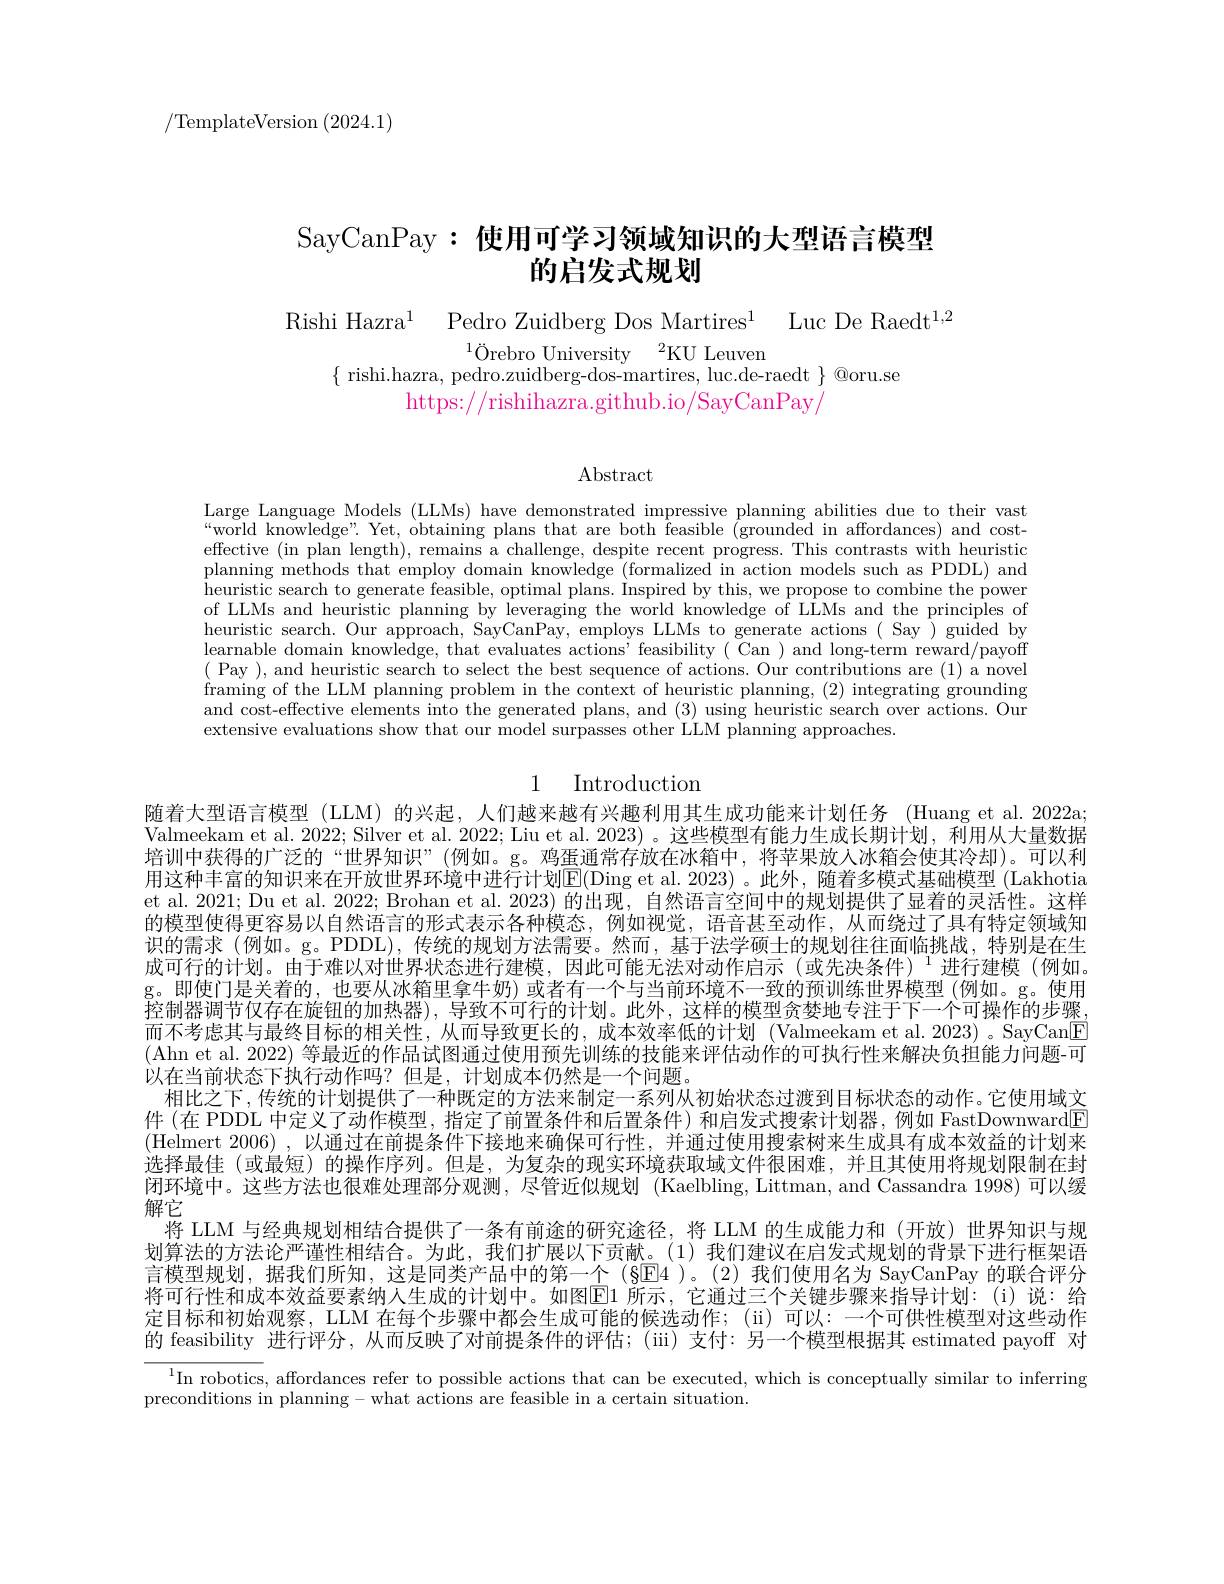
/TemplateVersion (2024.1)

# SayCanPay: 使用可学习领域知识的大型语言模型的启发式规划

Rishi Hazra$^1$ Pedro Zuidberg Dos Martires$^1$ Luc De Raedt$^1,2$

$^{1}\text{\"{O}rebroUniversity}^{2}$KU Leuven
$\{$ rishi.hazra, pedro.zuidberg-dos-martires, luc.de-raedt $\}$@oru.se
https://rishihazra.github.io/SayCanPay/

$\operatorname{Abstract}$

Large Language Models (LLMs) have demonstrated impressive planning abilities due to their vast “world knowledge”.Yet, obtaining plans that are both feasible (grounded in affordances) and costeffective (in plan length), remains a challenge, despite recent progress. This contrasts with heuristic planning methods that employ domain knowledge (formalized in action models such as PDDL) and heuristic search to generate feasible, optimal plans. Inspired by this, we propose to combine the power of LLMs and heuristic planning by leveraging the world knowledge of LLMs and the principles of heuristic search. Our approach, SayCanPay, employs LLMs to generate actions ( Say ) guided by learnable domain knowledge, that evaluates actions' feasibility( Can ) and long-term reward/payoff ( Pay ), and heuristic search to select the best sequence of actions. Our contributions are (1) a novel framing of the LLM planning problem in the context of heuristic planning, (2) integrating grounding and cost-effective elements into the generated plans, and (3) using heuristic search over actions. Our extensive evaluations show that our model surpasses other LLM planning approaches.

## 1 Introductiom

随着大型语言模型 (LLM)的兴起，人们越来越有兴趣利用其生成功能来计划任务 (Huang et al. 2022a; Valmeekam et al. 2022; Silver et al. 2022; Liu et al. 2023) 。这些模型有能力生成长期计划，利用从大量数据培训中获得的广泛的“世界知识”(例如。g。鸡蛋通常存放在冰箱中，将苹果放入冰箱会使其冷却)。可以利用这种丰富的知识来在开放世界环境中进行计划$\mathbb{E}($Ding et al.2023)。此外，随着多模式基础模型 (Lakhotia et al. 2021; Du et al. 2022; Brohan et al. 2023) 的出现，自然语言空间中的规划提供了显着的灵活性。这样的模型使得更容易以自然语言的形式表示各种模态，例如视觉，语音甚至动作，从而绕过了具有特定领域知识的需求 (例如。g。PDDL),传统的规划方法需要。然而，基于法学硕士的规划往往面临挑战，特别是在生$成可行的计划。由于难以对世界状态进行建模，因此可能无法对动作启示(或先决条件)^1进行建模(例如$。g。即使门是关着的，也要从冰箱里拿牛奶) 或者有一个与当前环境不一致的预训练世界模型 (例如。g。使用控制器调节仅存在旋钮的加热器),导致不可行的计划。此外，这样的模型贪婪地专注于下一个可操作的步骤而不考虑其与最终目标的相关性，从而导致更长的，成本效率低的计划 (Valmeekam et al. 2023) 。SayCan[F] (Ahn et al. 2022) 等最近的作品试图通过使用预先训练的技能来评估动作的可执行性来解决负担能力问题-可以在当前状态下执行动作吗？但是，计划成本仍然是一个问题。
相比之下，传统的计划提供了一种既定的方法来制定一系列从初始状态过渡到目标状态的动作。它使用域文件 (在 PDDL 中定义了动作模型，指定了前置条件和后置条件) 和启发式搜索计划器，例如 FastDownward[E] (Helmert 2006),以通过在前提条件下接地来确保可行性，并通过使用搜索树来生成具有成本效益的计划来选择最佳 (或最短)的操作序列。但是，为复杂的现实环境获取域文件很困难，并且其使用将规划限制在封闭环境中。这些方法也很难处理部分观测，尽管近似规划 (Kaelbling,Littman,and Cassandra 1998)可以缓解它
将 LLM 与经典规划相结合提供了一条有前途的研究途径，将 LLM 的生成能力和 (开放)世界知识与规划算法的方法论严谨性相结合。为此，我们扩展以下贡献。(1)我们建议在启发式规划的背景下进行框架语言模型规划，据我们所知，这是同类产品中的第一个(§E4 )。(2)我们使用名为 SayCanPay 的联合评分将可行性和成本效益要素纳人生成的计划中。如图E1 所示，它通过三个关键步骤来指导计划：(i)说：给定目标和初始观察，LLM 在每个步骤中都会生成可能的候选动作；(ii)可以：一个可供性模型对这些动作的 feasibility 进行评分，从而反映了对前提条件的评估；(üi)支付：另一个模型根据其 estimated payoff 对
$^1$In robotics, affordances refer to possible actions that can be executed, which is conceptually similar to inferring

preconditions in planning - what actions are feasible in a certain situation